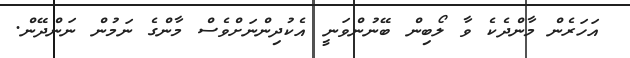
އަހަރެން މާންދެކެ ވާ ލޯބިން ބޭނުންވަނީ އެކުދިންނަށްވެސް މާންގެ ނަމުން ނަންދޭން.